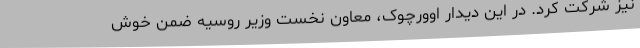
نیز شرکت کرد. در این دیدار اوورچوک، معاون نخست وزیر روسیه ضمن خوش